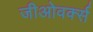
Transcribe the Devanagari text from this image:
जीओवर्क्स